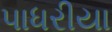
પાધરીયા